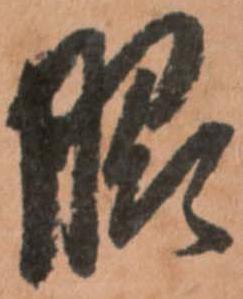
脇